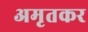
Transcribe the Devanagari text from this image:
अमृतकर